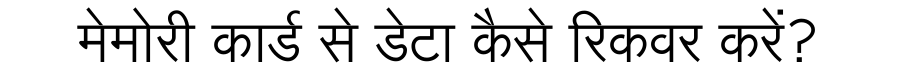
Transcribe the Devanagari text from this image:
मेमोरी कार्ड से डेटा कैसे रिकवर करें?